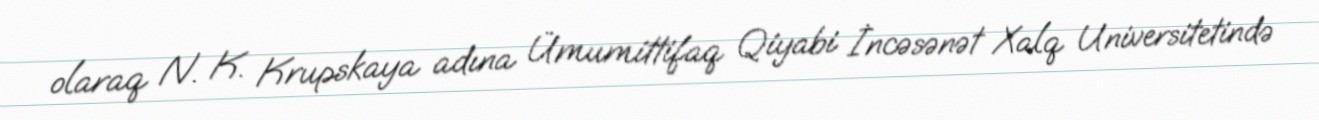
olaraq N. K. Krupskaya adına Ümumittifaq Qiyabi İncəsənət Xalq Universitetində